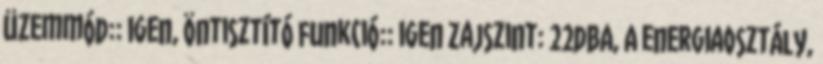
üzemmód:: igen, Öntisztító funkció:: igen Zajszint: 22dBA, A energiaosztály,